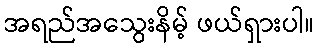
အရည်အသွေးနိမ့် ဖယ်ရှားပါ။